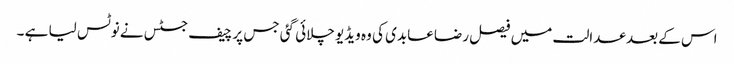
اس کے بعد عدالت میں فیصل رضا عابدی کی وہ ویڈیو چلائی گئی جس پر چیف جسٹس نے نوٹس لیا ہے ۔